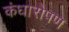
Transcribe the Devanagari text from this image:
कंधारोपण